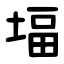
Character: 堛